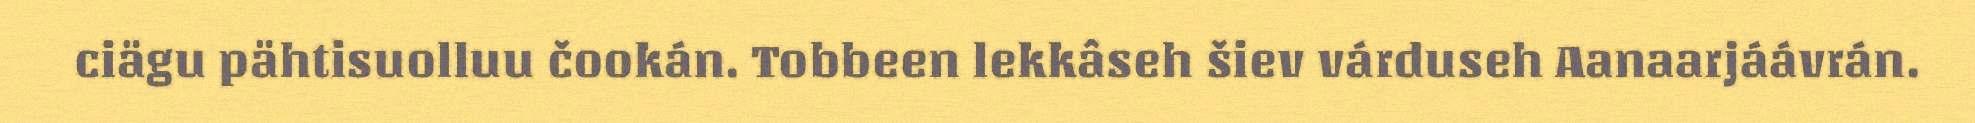
ciägu pähtisuolluu čookán. Tobbeen lekkâseh šiev várduseh Aanaarjáávrán.